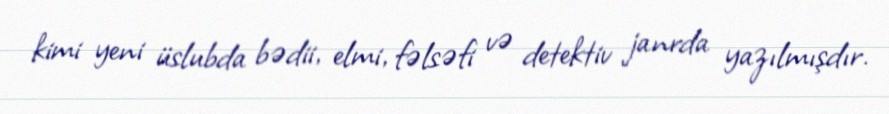
kimi yeni üslubda bədii, elmi, fəlsəfi və detektiv janrda yazılmışdır.